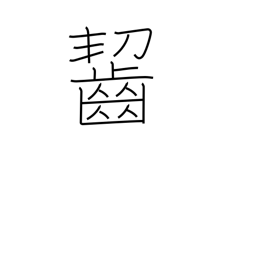
Meaning: munch